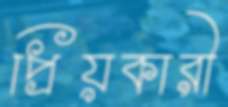
প্রিয়কারী